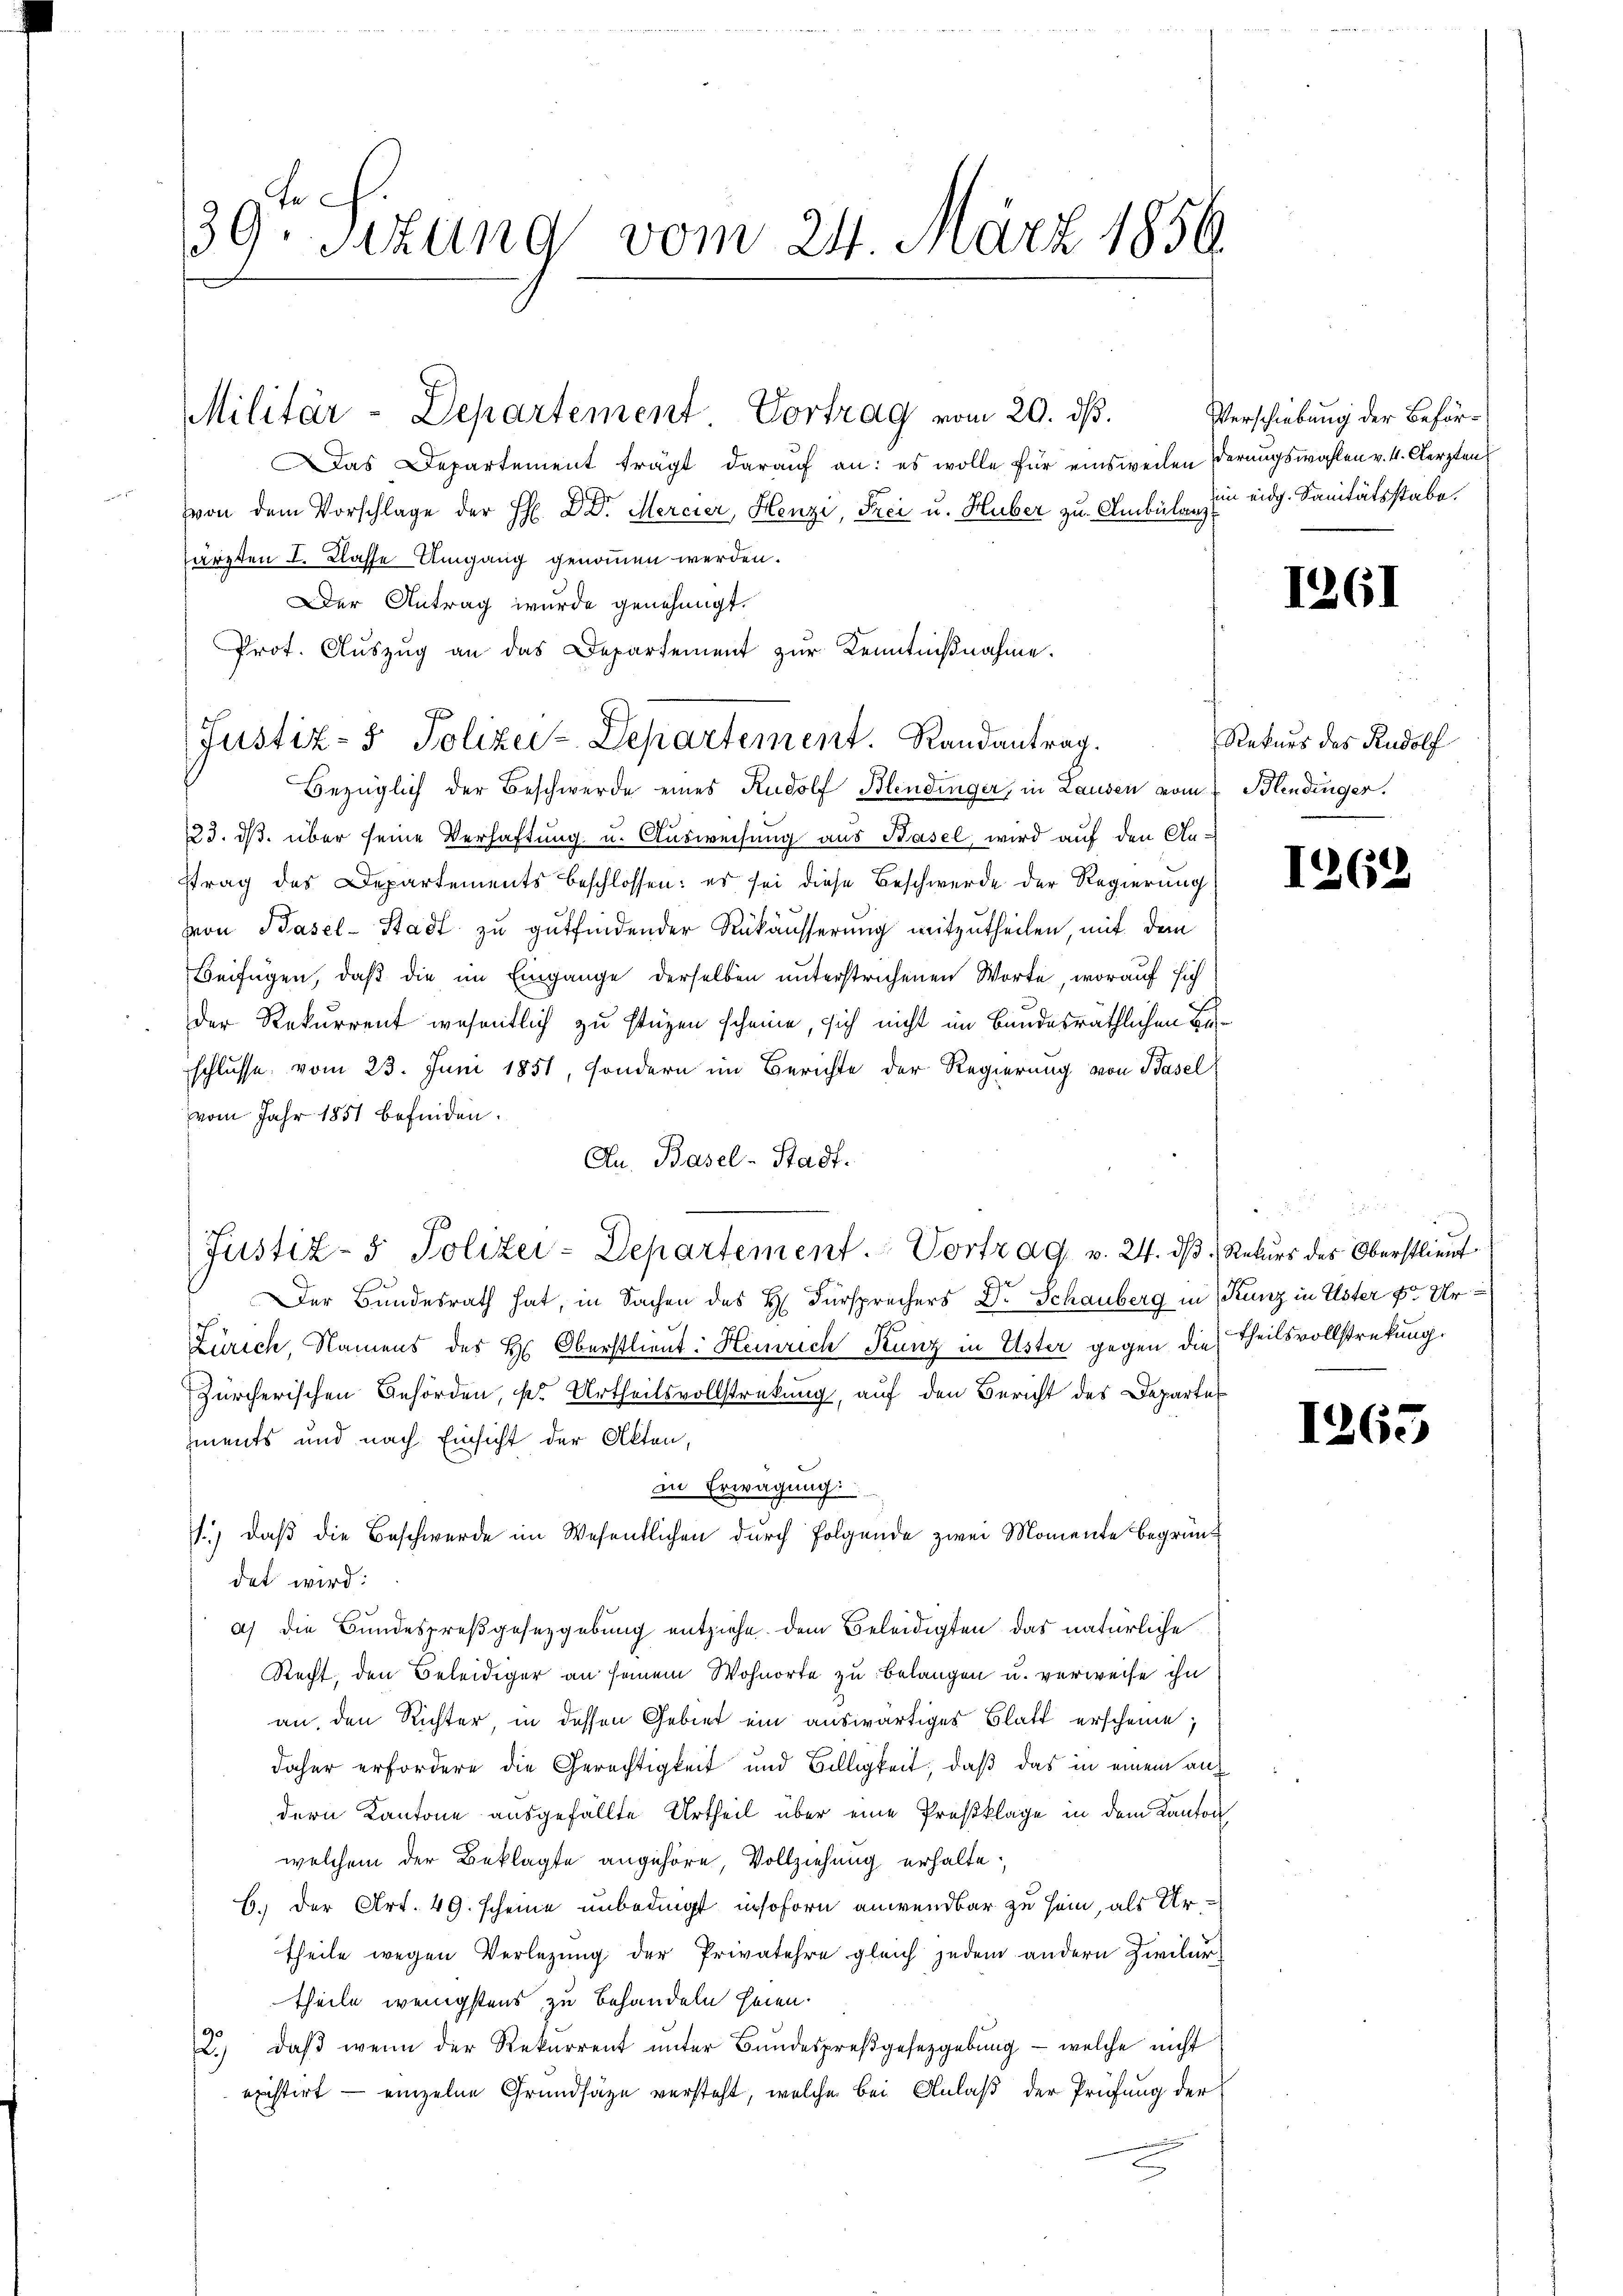
te
39. Sitzung vom 24. März 1856.

Militär-Departement Vortrag vom 20. ds.

Justiz- & Polizei-Departement. Randantrag.

as Departement trägt darauf an: es wolle für einsweilen derungswahlen v. 4. Aerzten
von dem Vorschlage der H. D. Dr. Mercier, Henzi, Frei u. Huber zu Ambüche in eidg. Sanitätsstabe.
särzten I. Klasse Umgang genommen werden.
Der Antrag wurde genehmigt.
Prot. Auszug an das Departement zur Kenntnißnahme.
Bezüglich der Beschwerde eines Rudolf Blendinger, in Lauden vom 7. Blendinger.
123. ds. über seine Verhaftung u. Ausweisung aus Basel, wird auf den An-
trag des Departements beschlossen: es sei diese Beschwerde der Regierung
von Basel-Stadt zu gutfindender Rükäusserung mitzutheilen, mit dem
Beifügen, daß die im Eingange derselben unterstrichenen Worte, worauf sich
der Rekurrent wesentlich zu stüzen scheine, sich nicht im Bundesräthlichen Beschlusse vom 23. Juni 1851, sondern im Berichte der Regierung von Basel
vom Jahr 1851 befinden.
An. Basel-Stadt.
Justiz- & Polizei-Departement. Vortrag v. 24. ds Rekurs des Oberstlieut
Der Bundesrath hat, in Sachen des H. Fürsprechers Dr. Schauberg in Kunz in Uster v. Ur¬
Zürich, Namens des H: Oberstlieut: Heinrich Kunz in Uster gegen die Theilsvollstreckung.
Zürcherischen Gehörden, kr. Urtheilsvollstreckung, auf den Bericht des Departe
ments und nach Einsicht der Akten,
in Erwägung:
1.) daß die Beschwerde im Wesentlichen durch Folgende zwei Momente begründ
det wird:
a) die Bundespreßgesetzgebung entziehe. Dem Beleidigten das natürliche
Recht, den Beleidiger an seinem Wohnorte zu belangen u. verweise ihn
an, den Richter, in dessen Gebiet ein auswärtiges Blatt erscheine,
daher erfordere die Gerechtigkeit und Billigkeit, daß das in einem auf
dern Kantone ausgefällte Urtheil über eine Preßklage in dem Kanton
welchem der Beklagte angehöre, Vollziehung erhalte,
b. der Art. 49. scheine unbedingt insofern anwendbar zu sein, als Urtheile wegen Verlegung der Privatehre gleich jedem andern Zivilur
theile wenigstens zu behandeln heien.
2. daβ wenn der Rekurrent ŭnter Bŭndespreβgesetzgebung - welche nicht
existirt — einzelne Grundsätze versteht, welche bei Anlaß der Prüfung der

Verschiebung der Beför¬

1261

Rekurs des Rudolf

1262

1263